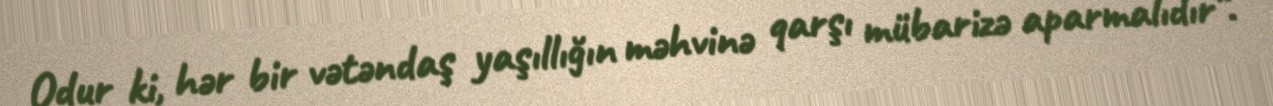
Odur ki, hər bir vətəndaş yaşıllığın məhvinə qarşı mübarizə aparmalıdır”.